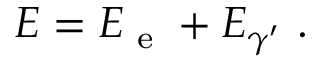
E = E _ { \textrm { e } } + E _ { \gamma ^ { \prime } } \ .